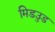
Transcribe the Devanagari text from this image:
मिडउुड